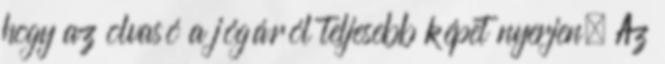
hogy az olvasó a jógáról teljesebb képet nyerjen. Az